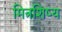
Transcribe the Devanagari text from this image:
मित्रशिष्य